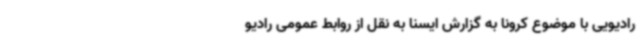
رادیویی با موضوع کرونا به گزارش ایسنا به نقل از روابط عمومی رادیو